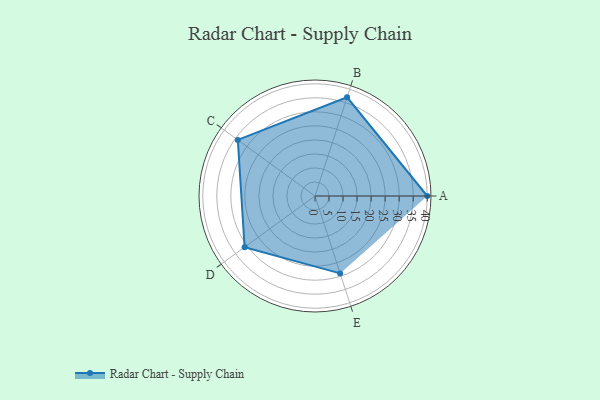
{"axis": {"x": "Skill", "y": "Score"}, "legend": ["Profile"], "data": [{"x": "A", "y": 40.0, "type": "Profile"}, {"x": "B", "y": 37.0, "type": "Profile"}, {"x": "C", "y": 34.0, "type": "Profile"}, {"x": "D", "y": 31.0, "type": "Profile"}, {"x": "E", "y": 29.0, "type": "Profile"}]}